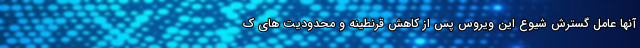
آنها عامل گسترش شیوع این ویروس پس از کاهش قرنطینه و محدودیت های ک